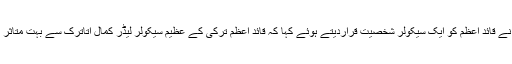
انہوں نے قائد اعظم کو ایک سیکولر شخصیت قراردیتے ہوئے کہا کہ قائد اعظم ترکی کے عظیم سیکولر لیڈر کمال اتاترک سے بہت متاثر تھے ۔